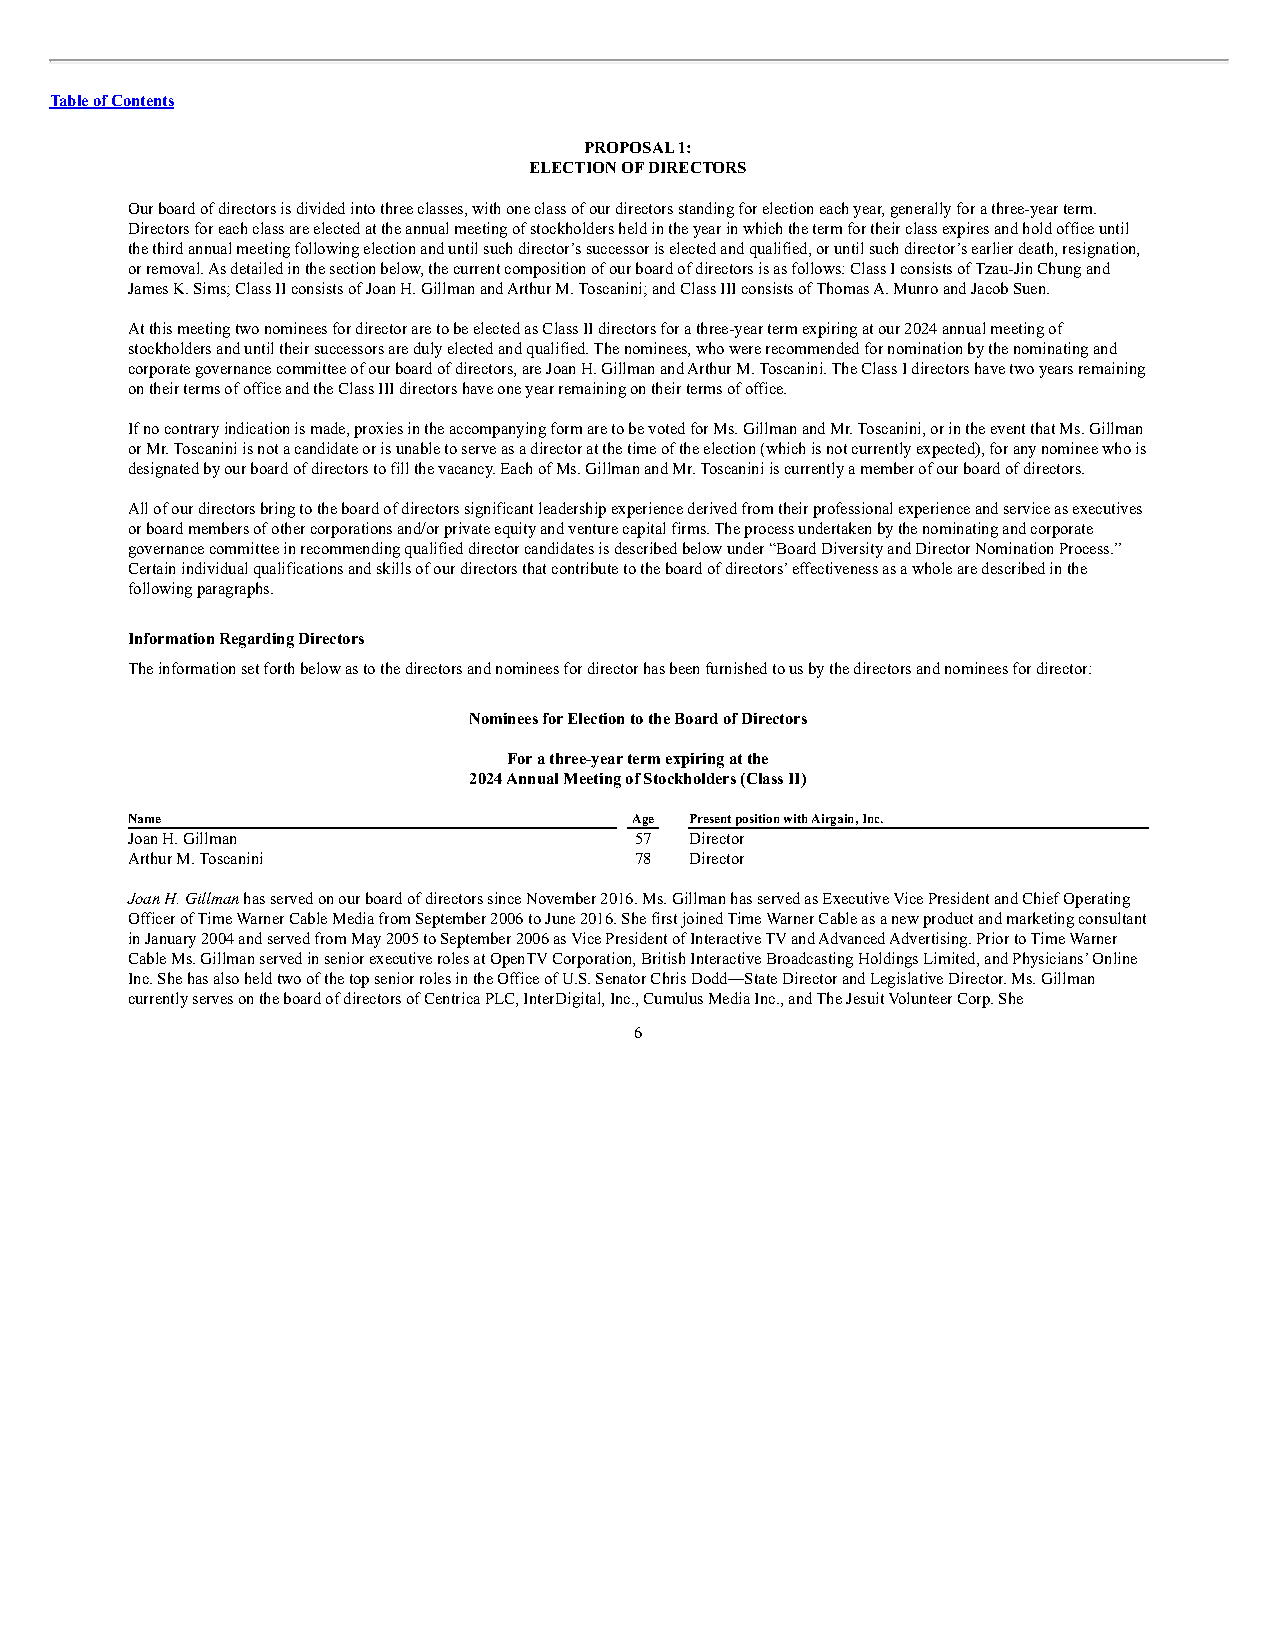
Table of Contents
 PROPOSAL 1:
 ELECTION OF DIRECTORS
 Our board of directors is divided into three classes, with one class of our directors standing for election each year, generally for a three-year term.
 Directors for each class are elected at the annual meeting of stockholders held in the year in which the term for their class expires and hold office until
 the third annual meeting following election and until such director’s successor is elected and qualified, or until such director’s earlier death, resignation,
 or removal. As detailed in the section below, the current composition of our board of directors is as follows: Class I consists of Tzau-Jin Chung and
 James K. Sims; Class II consists of Joan H. Gillman and Arthur M. Toscanini; and Class III consists of Thomas A. Munro and Jacob Suen.
 At this meeting two nominees for director are to be elected as Class II directors for a three-year term expiring at our 2024 annual meeting of
 stockholders and until their successors are duly elected and qualified. The nominees, who were recommended for nomination by the nominating and
 corporate governance committee of our board of directors, are Joan H. Gillman and Arthur M. Toscanini. The Class I directors have two years remaining
 on their terms of office and the Class III directors have one year remaining on their terms of office.
 If no contrary indication is made, proxies in the accompanying form are to be voted for Ms. Gillman and Mr. Toscanini, or in the event that Ms. Gillman
 or Mr. Toscanini is not a candidate or is unable to serve as a director at the time of the election (which is not currently expected), for any nominee who is
 designated by our board of directors to fill the vacancy. Each of Ms. Gillman and Mr. Toscanini is currently a member of our board of directors.
 All of our directors bring to the board of directors significant leadership experience derived from their professional experience and service as executives
 or board members of other corporations and/or private equity and venture capital firms. The process undertaken by the nominating and corporate
 governance committee in recommending qualified director candidates is described below under “Board Diversity and Director Nomination Process.”
 Certain individual qualifications and skills of our directors that contribute to the board of directors’ effectiveness as a whole are described in the
 following paragraphs.
 Information Regarding Directors
 The information set forth below as to the directors and nominees for director has been furnished to us by the directors and nominees for director:
 Nominees for Election to the Board of Directors
 For a three-year term expiring at the
 2024 Annual Meeting of Stockholders (Class II)
 Name                              Age Present position with Airgain, Inc.
 Joan H. Gillman                   57  Director
 Arthur M. Toscanini               78  Director
 Joan H. Gillman has served on our board of directors since November 2016. Ms. Gillman has served as Executive Vice President and Chief Operating
 Officer of Time Warner Cable Media from September 2006 to June 2016. She first joined Time Warner Cable as a new product and marketing consultant
 in January 2004 and served from May 2005 to September 2006 as Vice President of Interactive TV and Advanced Advertising. Prior to Time Warner
 Cable Ms. Gillman served in senior executive roles at OpenTV Corporation, British Interactive Broadcasting Holdings Limited, and Physicians’ Online
 Inc. She has also held two of the top senior roles in the Office of U.S. Senator Chris Dodd—State Director and Legislative Director. Ms. Gillman
 currently serves on the board of directors of Centrica PLC, InterDigital, Inc., Cumulus Media Inc., and The Jesuit Volunteer Corp. She
 6